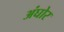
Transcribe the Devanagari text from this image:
अंघोर